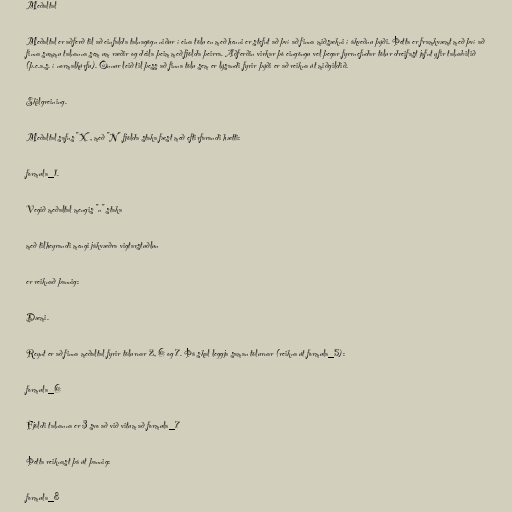
Meðaltal

Meðaltal er aðferð til að einfalda talnagögn niður í eina tölu en með henni er stefnt að því að finna miðsækni í ákveðnu þýði. Þetta er framkvæmt með því að
finna summu talnanna sem um ræðir og deila þeim með fjölda þeirra. Aðferðin virkar þó eingöngu vel þegar fyrrnefndar tölur dreifast jafnt yfir talnabilið
(þ.e.a.s. í normalkúrfu). Önnur leið til þess að finna tölu sem er lýsandi fyrir þýði er að reikna út miðgildið.

Skilgreining.

Meðaltal safns "X", með "N" fjölda staka fæst með eftirfarandi hætti:

formula_1.

Vegið meðaltal mengis "n" staka

með tilheyrandi mengi jákvæðra vigtarstuðlun

er reiknað þannig:

Dæmi.

Reynt er að finna meðaltal fyrir tölurnar 2, 6 og 7. Þá skal leggja saman tölurnar (reikna út formula_5):

formula_6

Fjöldi talnanna er 3 svo að við vitum að formula_7

Þetta reiknast þá út þannig:

formula_8